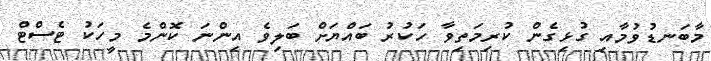
މާބަނޑުވުމާއި ގުޅިގެން ކުރިމަތިވާ ހަކުރު ބައްޔަށް ބަލިވެ އިންނަ ކޮންމެ މީހަކު ޓެސްޓް